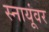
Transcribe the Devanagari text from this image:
स्नायूंवर